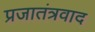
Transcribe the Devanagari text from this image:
प्रजातंत्रवाद